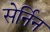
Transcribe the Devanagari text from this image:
सेर्निन